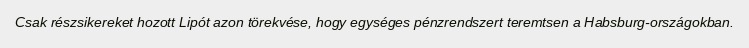
Csak részsikereket hozott Lipót azon törekvése, hogy egységes pénzrendszert teremtsen a Habsburg-országokban.